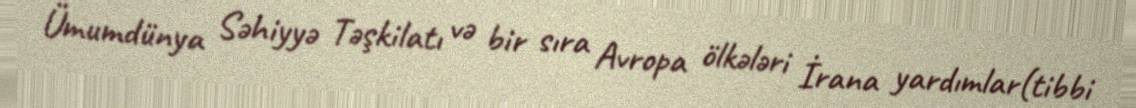
Ümumdünya Səhiyyə Təşkilatı və bir sıra Avropa ölkələri İrana yardımlar(tibbi